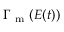
\Gamma _ { \mathrm { ~ m ~ } } ( E ( t ) )